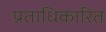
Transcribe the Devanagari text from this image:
प्रताधिकारित